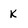
Character: k